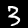
Digit: 3